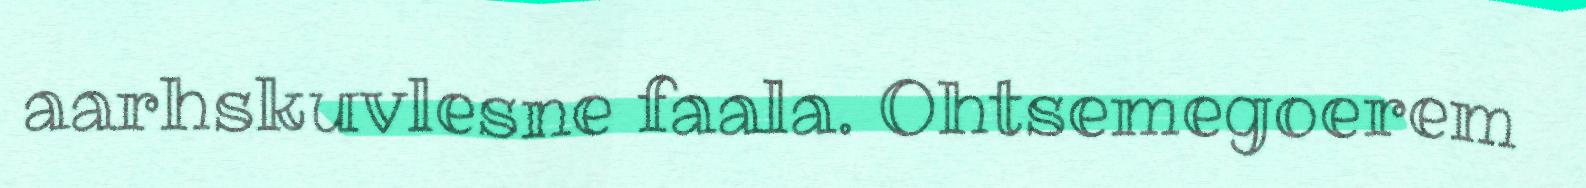
aarhskuvlesne faala. Ohtsemegoerem